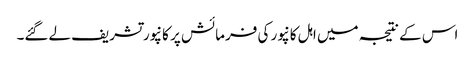
اس کے نتیجہ میں اہل کانپور کی فرمائش پر کانپور تشریف لےگئے۔